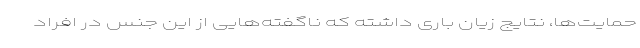
حمایت‌ها، نتایج زیان باری داشته که ناگفته‌هایی از این جنس در افراد